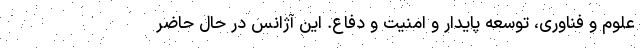
علوم و فناوری، توسعه پایدار و امنیت و دفاع. این آژانس در حال حاضر